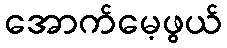
အောက်မေ့ဖွယ်